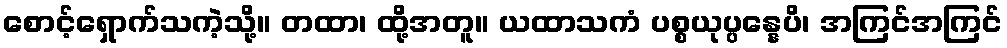
စောင့်ရှောက်သကဲ့သို့။ တထာ၊ ထို့အတူ။ ယထာသကံ ပစ္စယုပ္ပန္နေပိ၊ အကြင်အကြင်